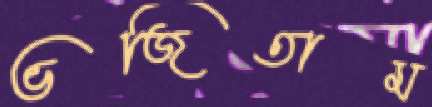
ভজিতাম